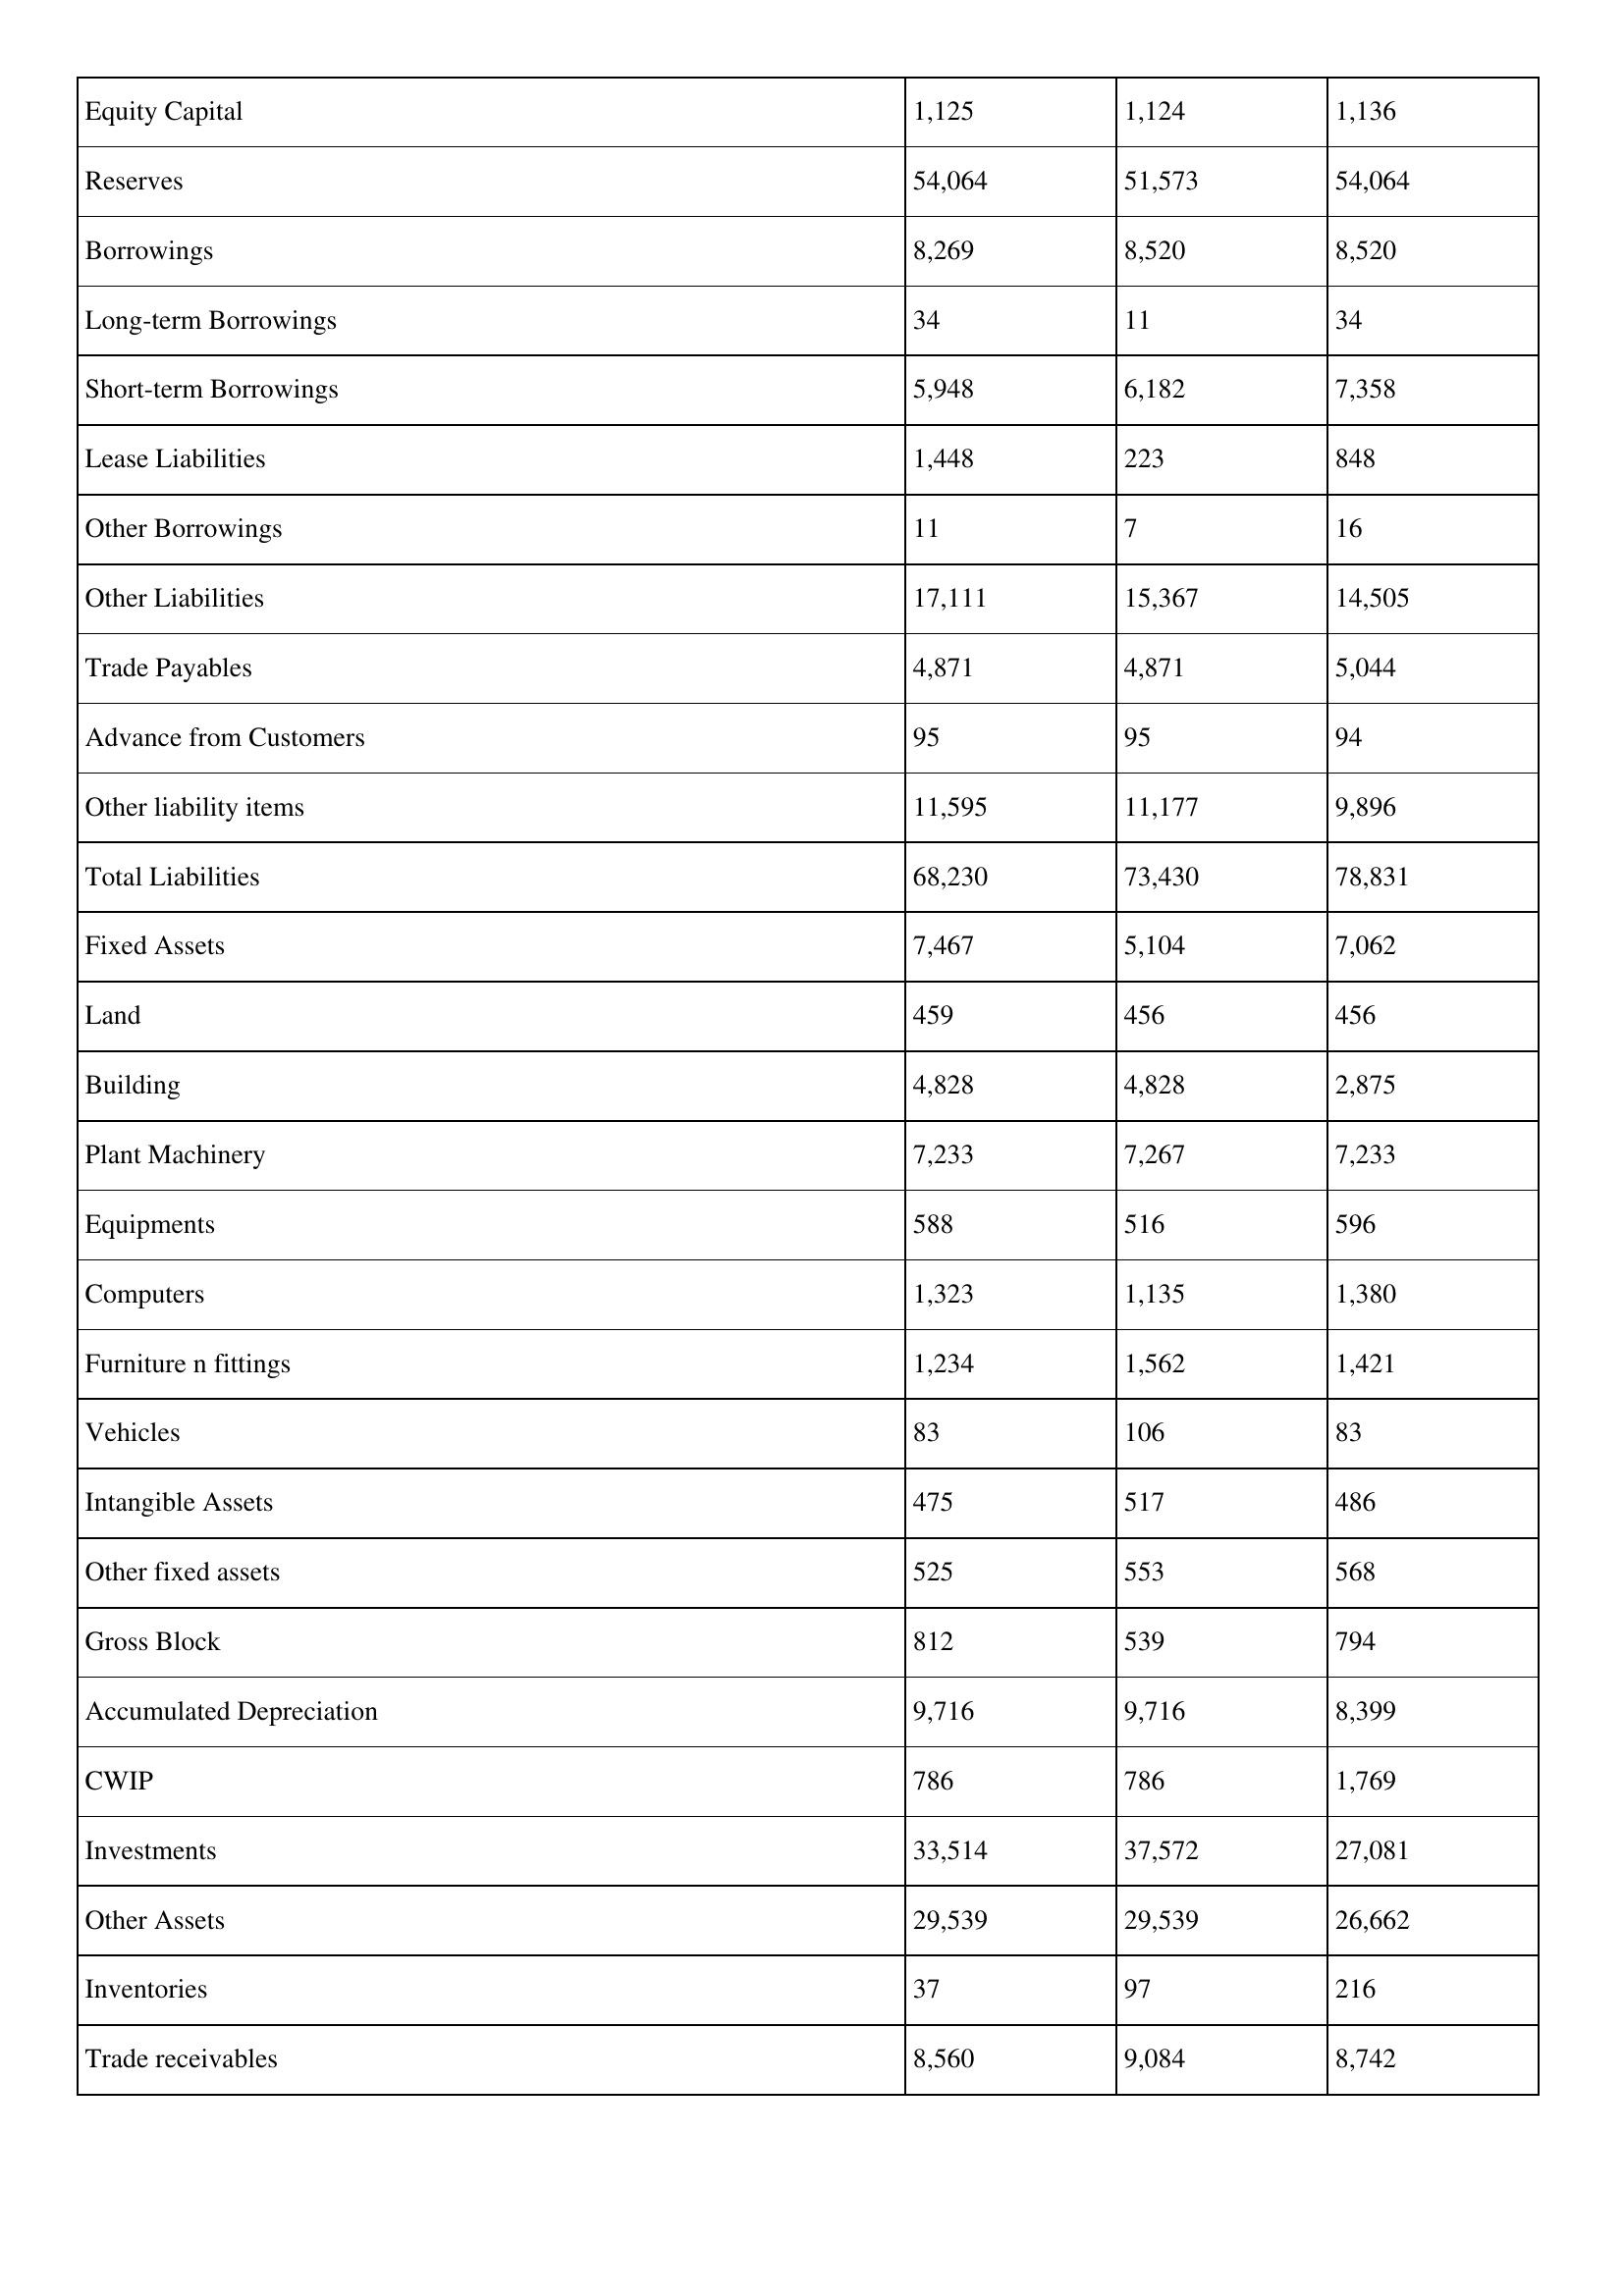
gt_parse: 2014: Balance Sheet: Equity Capital: 1,125
Reserves: 54,064
Borrowings: 8,269
Long-term Borrowings: 34
Short-term Borrowings: 5,948
Lease Liabilities: 1,448
Other Borrowings: 11
Other Liabilities: 17,111
Trade Payables: 4,871
Advance from Customers: 95
Other liability items: 11,595
Total Liabilities: 68,230
Fixed Assets: 7,467
Land: 459
Building: 4,828
Plant Machinery: 7,233
Equipments: 588
Computers: 1,323
Furniture n fittings: 1,234
Vehicles: 83
Intangible Assets: 475
Other fixed assets: 525
Gross Block: 812
Accumulated Depreciation: 9,716
CWIP: 786
Investments: 33,514
Other Assets: 29,539
Inventories: 37
Trade receivables: 8,560
2013: Balance Sheet: Equity Capital: 1,124
Reserves: 51,573
Borrowings: 8,520
Long-term Borrowings: 11
Short-term Borrowings: 6,182
Lease Liabilities: 223
Other Borrowings: 7
Other Liabilities: 15,367
Trade Payables: 4,871
Advance from Customers: 95
Other liability items: 11,177
Total Liabilities: 73,430
Fixed Assets: 5,104
Land: 456
Building: 4,828
Plant Machinery: 7,267
Equipments: 516
Computers: 1,135
Furniture n fittings: 1,562
Vehicles: 106
Intangible Assets: 517
Other fixed assets: 553
Gross Block: 539
Accumulated Depreciation: 9,716
CWIP: 786
Investments: 37,572
Other Assets: 29,539
Inventories: 97
Trade receivables: 9,084
2012: Balance Sheet: Equity Capital: 1,136
Reserves: 54,064
Borrowings: 8,520
Long-term Borrowings: 34
Short-term Borrowings: 7,358
Lease Liabilities: 848
Other Borrowings: 16
Other Liabilities: 14,505
Trade Payables: 5,044
Advance from Customers: 94
Other liability items: 9,896
Total Liabilities: 78,831
Fixed Assets: 7,062
Land: 456
Building: 2,875
Plant Machinery: 7,233
Equipments: 596
Computers: 1,380
Furniture n fittings: 1,421
Vehicles: 83
Intangible Assets: 486
Other fixed assets: 568
Gross Block: 794
Accumulated Depreciation: 8,399
CWIP: 1,769
Investments: 27,081
Other Assets: 26,662
Inventories: 216
Trade receivables: 8,742